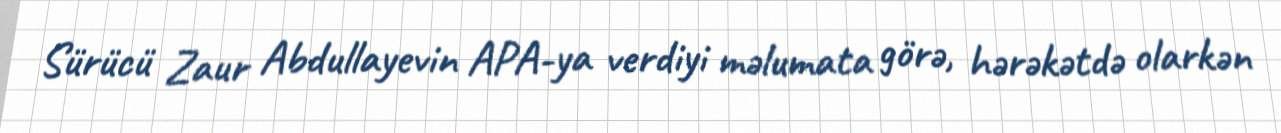
Sürücü Zaur Abdullayevin APA-ya verdiyi məlumata görə, hərəkətdə olarkən